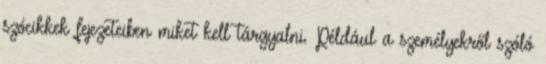
szócikkek fejezeteiben miket kell tárgyalni. Például a személyekről szóló